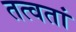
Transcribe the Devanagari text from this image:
तत्वतां